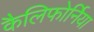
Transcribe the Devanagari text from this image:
कैलिफोर्निया